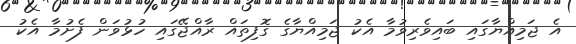
އެ ޖަމިިއްޔާގައި ބައިވެރިވުމާ އެކު ޖަމިއްޔާގެ ގޮފިތައް ރާއްޖޭގައި ހުޅުވަން ފެށުމާ އެކު